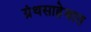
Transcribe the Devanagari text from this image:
ग्रंथसाहेबात